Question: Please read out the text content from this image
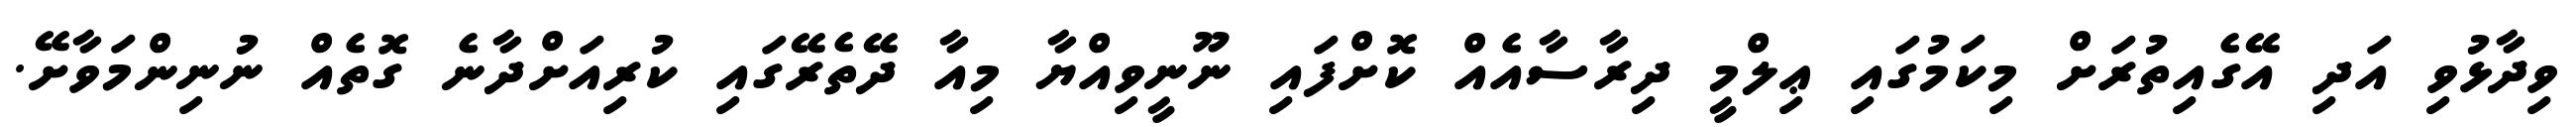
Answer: ވިދާޅުވި އަދި އޭގެއިތުރަށް މިކަމުގައި ޢިލްމީ ދިރާސާއެއް ކޮށްފައި ނޫނީވިއްޔާ މިއާ ދޭތެރޭގައި ކުރިއަށްދާނެ ގޮތެއް ނުނިންމަވާށޭ.